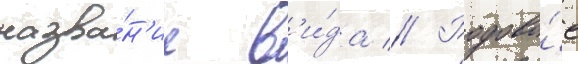
назва́н'ие в'и́да // Родово́е